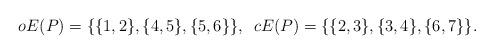
LaTeX: \begin{align*}oE(P) = \{\{1,2\}, \{4,5\}, \{5,6\}\}, \, \, \,cE(P) = \{\{2,3\}, \{3,4\}, \{6,7\}\}.\end{align*}